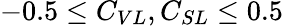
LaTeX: -0.5\leq C_{VL},C_{SL}\leq 0.5